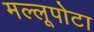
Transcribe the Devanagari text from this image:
मल्लूपोटा